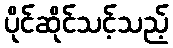
ပိုင်ဆိုင်သင့်သည့်